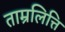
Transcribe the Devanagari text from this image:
ताम्रलित्ति